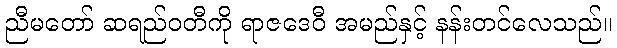
ညီမတော် ဆရည်ဝတီကို ရာဇဒေဝီ အမည်နှင့် နန်းတင်လေသည်။